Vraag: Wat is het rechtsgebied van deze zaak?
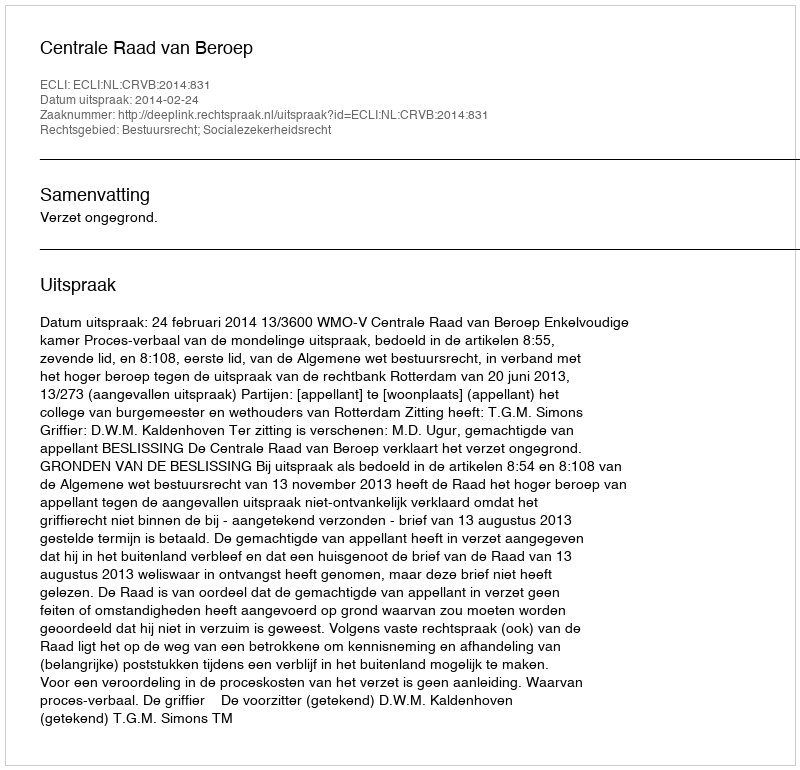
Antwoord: Bestuursrecht; Socialezekerheidsrecht